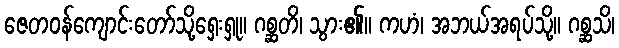
ဇေတဝန်ကျောင်းတော်သို့ရှေးရှု။ ဂစ္ဆတိ၊ သွား၏။ ကဟံ၊ အဘယ်အရပ်သို့။ ဂစ္ဆသိ၊